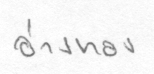
อ่างทอง